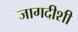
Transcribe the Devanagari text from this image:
जागदीशी